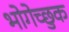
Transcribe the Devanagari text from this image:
भोगेच्छुक